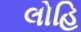
લોહિ